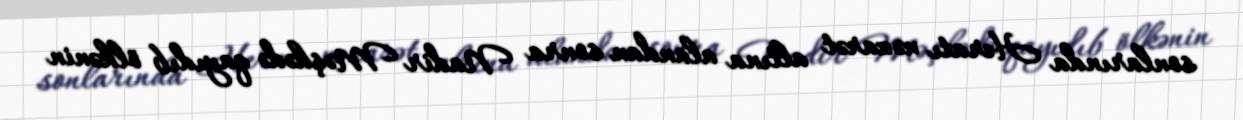
sonlarında Heratı nəzarət altına alandan sonra Nadir Məşhədə qayıdıb ölkənin